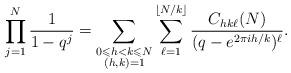
LaTeX: \begin{align*}\prod_{j=1}^N \frac{1}{1-q^j}=\sum_{\substack{0\leqslant h<k \leqslant N \\ (h,k)=1}}\sum_{\ell=1}^{\lfloor N/k \rfloor} \frac{C_{hk\ell}(N)}{(q-e^{2\pi ih/k})^\ell}.\end{align*}